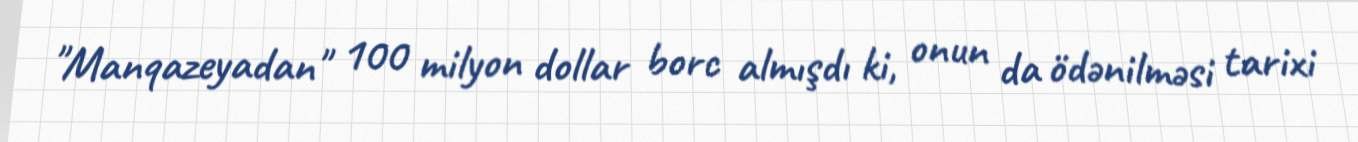
"Manqazeyadan" 100 milyon dollar borc almışdı ki, onun da ödənilməsi tarixi